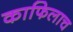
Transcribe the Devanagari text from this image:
काफिलाच